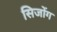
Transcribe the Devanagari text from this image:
सिजोंग